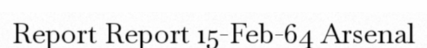
Report Report 15-Feb-64 Arsenal